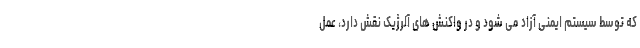
که توسط سیستم ایمنی آزاد می شود و در واکنش های آلرژیک نقش دارد، عمل